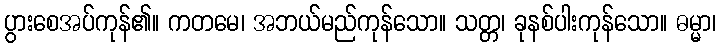
ပွားစေအပ်ကုန်၏။ ကတမေ၊ အဘယ်မည်ကုန်သော။ သတ္တ၊ ခုနစ်ပါးကုန်သော။ ဓမ္မာ၊